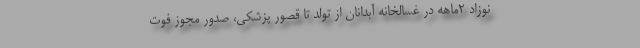
نوزاد ۲ماهه در غسالخانه آبدانان از تولد تا قصور پزشکی، صدور مجوز فوت